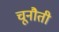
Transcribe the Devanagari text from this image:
चूनौती